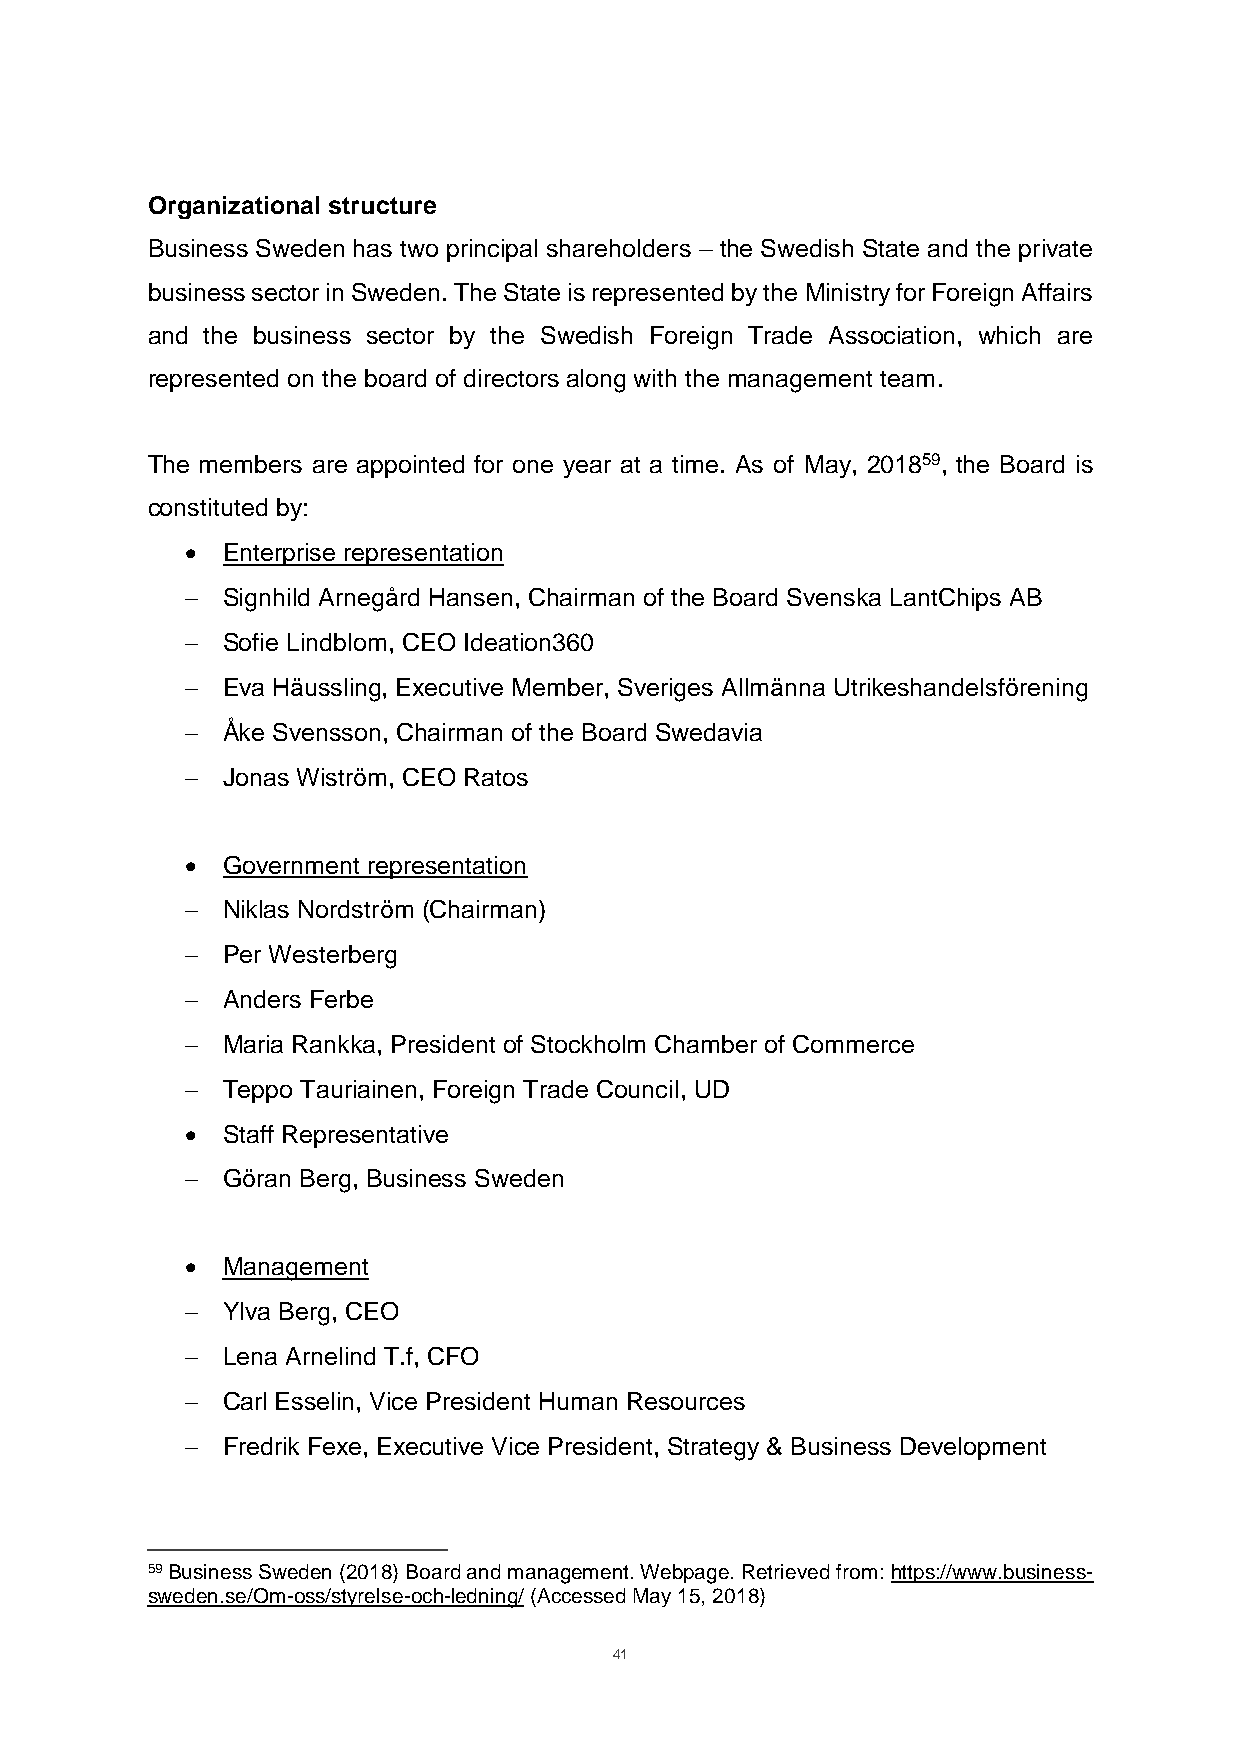
Organizational structure
 Business Sweden has two principal shareholders – the Swedish State and the private
 business sector in Sweden. The State is represented by the Ministry for Foreign Affairs
 and the business sector by the Swedish Foreign Trade Association, which are
 represented on the board of directors along with the management team.
 The members are appointed for one year at a time. As of May, 201859, the Board is
 constituted by:
 •  Enterprise representation
   Signhild Arnegård Hansen, Chairman of the Board Svenska LantChips AB
   Sofie Lindblom, CEO Ideation360
   Eva Häussling, Executive Member, Sveriges Allmänna Utrikeshandelsförening
   Åke Svensson, Chairman of the Board Swedavia
   Jonas Wiström, CEO Ratos
 •  Government representation
   Niklas Nordström (Chairman)
   Per Westerberg
   Anders Ferbe
   Maria Rankka, President of Stockholm Chamber of Commerce
   Teppo Tauriainen, Foreign Trade Council, UD
 •  Staff Representative
   Göran Berg, Business Sweden
 •  Management
   Ylva Berg, CEO
   Lena Arnelind T.f, CFO
   Carl Esselin, Vice President Human Resources
   Fredrik Fexe, Executive Vice President, Strategy & Business Development
 59 Business Sweden (2018) Board and management. Webpage. Retrieved from: https://www.business-
 sweden.se/Om-oss/styrelse-och-ledning/ (Accessed May 15, 2018)
 41